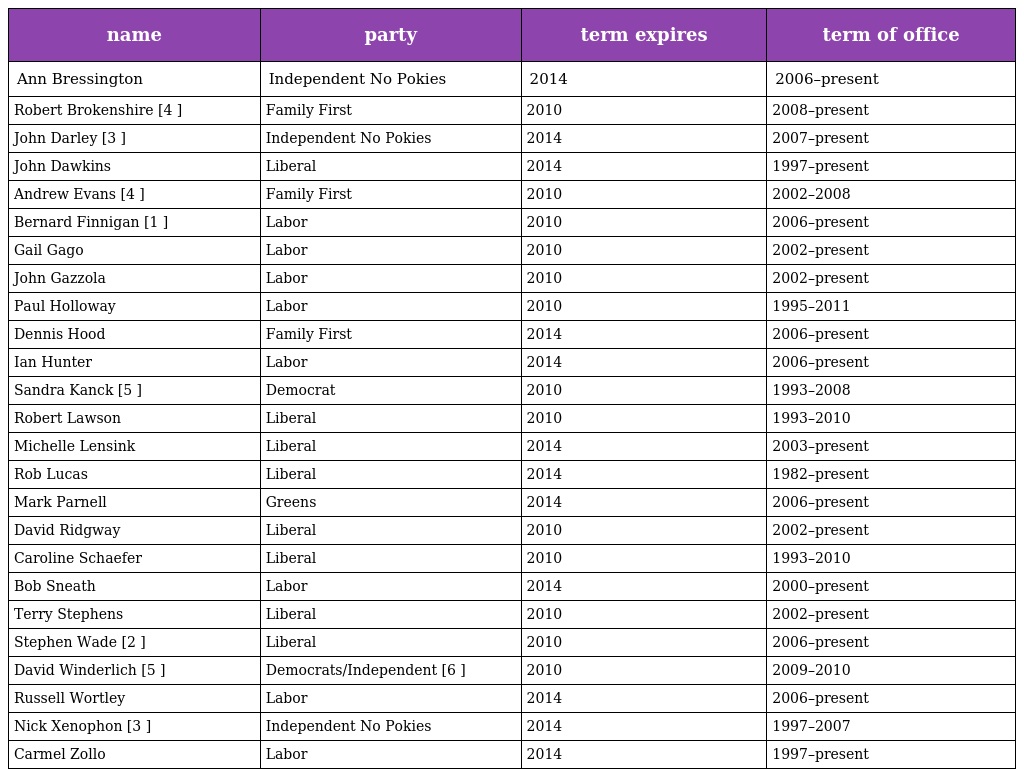
| name | party | term expires | term of office |
 | --- | --- | --- | --- |
 | Ann Bressington | Independent No Pokies | 2014 | 2006–present |
 | Robert Brokenshire [4 ] | Family First | 2010 | 2008–present |
 | John Darley [3 ] | Independent No Pokies | 2014 | 2007–present |
 | John Dawkins | Liberal | 2014 | 1997–present |
 | Andrew Evans [4 ] | Family First | 2010 | 2002–2008 |
 | Bernard Finnigan [1 ] | Labor | 2010 | 2006–present |
 | Gail Gago | Labor | 2010 | 2002–present |
 | John Gazzola | Labor | 2010 | 2002–present |
 | Paul Holloway | Labor | 2010 | 1995–2011 |
 | Dennis Hood | Family First | 2014 | 2006–present |
 | Ian Hunter | Labor | 2014 | 2006–present |
 | Sandra Kanck [5 ] | Democrat | 2010 | 1993–2008 |
 | Robert Lawson | Liberal | 2010 | 1993–2010 |
 | Michelle Lensink | Liberal | 2014 | 2003–present |
 | Rob Lucas | Liberal | 2014 | 1982–present |
 | Mark Parnell | Greens | 2014 | 2006–present |
 | David Ridgway | Liberal | 2010 | 2002–present |
 | Caroline Schaefer | Liberal | 2010 | 1993–2010 |
 | Bob Sneath | Labor | 2014 | 2000–present |
 | Terry Stephens | Liberal | 2010 | 2002–present |
 | Stephen Wade [2 ] | Liberal | 2010 | 2006–present |
 | David Winderlich [5 ] | Democrats/Independent [6 ] | 2010 | 2009–2010 |
 | Russell Wortley | Labor | 2014 | 2006–present |
 | Nick Xenophon [3 ] | Independent No Pokies | 2014 | 1997–2007 |
 | Carmel Zollo | Labor | 2014 | 1997–present |